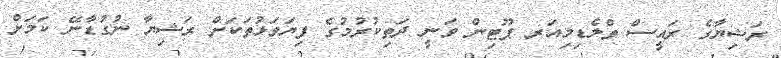
ރަޝިޔާގެ ރައީސް ވްލެޑިމިއަރ ޕޫޓިން ވަނީ ދަތިކުރުުމުގެ ފިޔަވަޅުތަކަށް ރަޝިޔާ ނުގުޑާނޭ ކަަމަށް